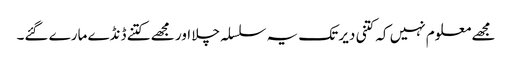
مجھے معلوم نہیں کہ کتنی دیر تک یہ سلسلہ چلا اور مجھے کتنے ڈنڈے مارے گئے۔